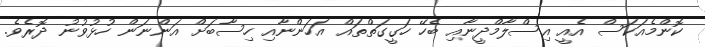
ކޮންމެއަކަސް އެއީ އިސްލާމްދީނާއި ބެހޭ ހަގީގަތްތައް އަހަންނާއި ހިސާބަށް އަންނަން ހުޅުވުނު ދޮރެވެ.